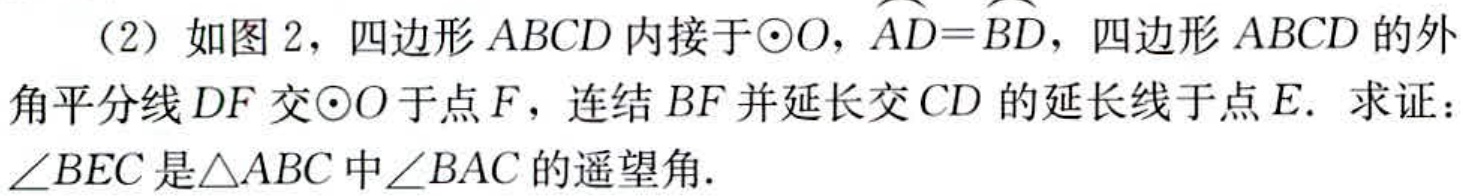
（2）如图2，四边形\(ABCD\)内接于\(\odot O\)，\(\overset{\frown}{AD}=\overset{\frown}{BD}\)，四边形\(ABCD\)的外角平分线\(DF\)交\(\odot O\)于点\(F\)，连结\(BF\)并延长交\(CD\)的延长线于点\(E\). 求证：\(\angle BEC\)是\(\triangle ABC\)中\(\angle BAC\)的遥望角.